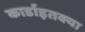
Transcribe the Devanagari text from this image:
कार्डाइतक्या